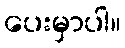
ပေးမှာပါ။